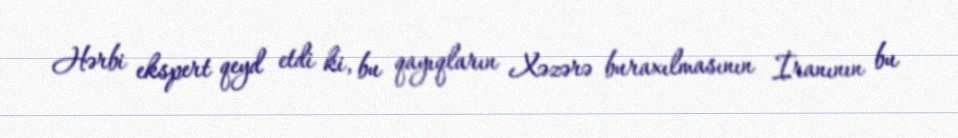
Hərbi ekspert qeyd etdi ki, bu qayıqların Xəzərə buraxılmasının İranının bu